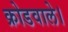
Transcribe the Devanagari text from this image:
क्रोडवाले।